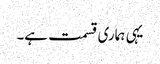
یہی ہماری قسمت ہے۔